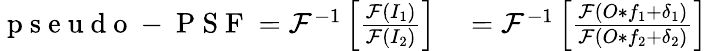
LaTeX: \begin{array}{rl}{\mathrm{~p~s~e~u~d~o~-~P~S~F~}=\mathcal{F}^{-1}\left[\frac{\mathcal{F}(I_{1})}{\mathcal{F}(I_{2})}\right]}&{{}=\mathcal{F}^{-1}\left[\frac{\mathcal{F}(O\ast f_{1}+\delta_{1})}{\mathcal{F}(O\ast f_{2}+\delta_{2})}\right]}\end{array}